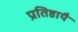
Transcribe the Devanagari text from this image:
प्रतिष्ठायै